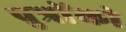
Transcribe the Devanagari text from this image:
पुत्राेंकाे